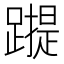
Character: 𰸬